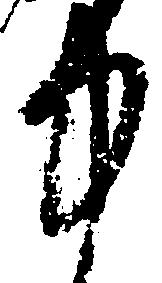
中